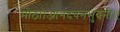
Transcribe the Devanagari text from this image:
मोठा।आनंदवनभुवनी।।